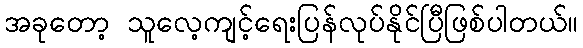
အခုတော့ သူလေ့ကျင့်ရေးပြန်လုပ်နိုင်ပြီဖြစ်ပါတယ်။